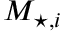
M _ { \star , i }